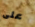
على